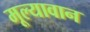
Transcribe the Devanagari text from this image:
मूल्‍यावान